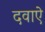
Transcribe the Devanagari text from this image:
दवाऐ